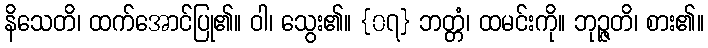
နိသေတိ၊ ထက်အောင်ပြု၏။ ဝါ၊ သွေး၏။ {၀၇} ဘတ္တံ၊ ထမင်းကို။ ဘုဉ္ဇတိ၊ စား၏။